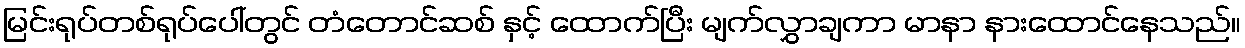
မြင်းရုပ်တစ်ရုပ်ပေါ်တွင် တံတောင်ဆစ် နှင့် ထောက်ပြီး မျက်လွှာချကာ မာနာ နားထောင်နေသည်။